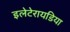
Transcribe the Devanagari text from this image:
इलेटेरायडिया